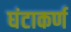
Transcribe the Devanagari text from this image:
घंटाकर्ण